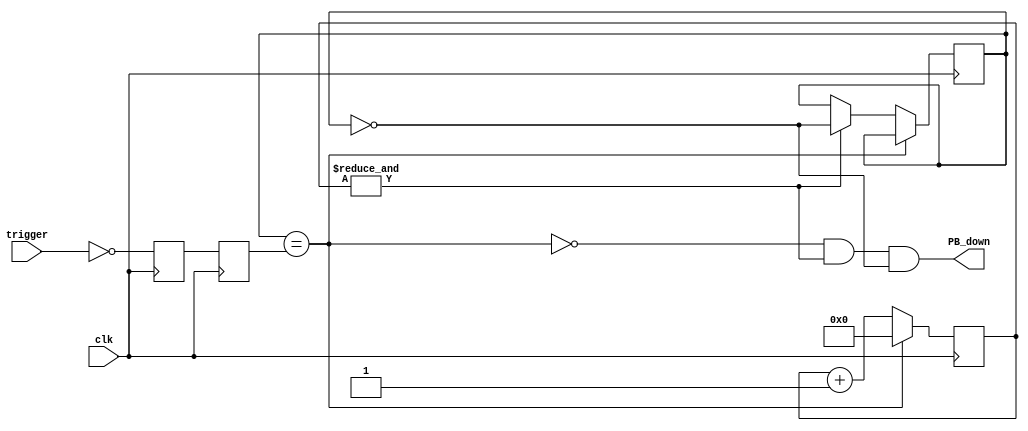
`timescale 1ns / 1ps
//////////////////////////////////////////////////////////////////////////////////
// Company:
// Engineer:
// 
// Design Name:
// Module Name:    clockWithBouncer 
// Project Name: 
// Target Devices: 
// Tool versions:
// Description:
//
// Dependencies:
//
// Revision: 
// Revision 0.01 - File Created
// Additional Comments:
//
//////////////////////////////////////////////////////////////////////////////////
module Debouncer(clk, trigger, PB_down);
    input clk, trigger;
    output PB_down;
    //output PB_up;
     reg PB_state;
    
    // First use two flip-flops to synchronize the PB signal the "clk" clock domain
    reg PB_sync_0;  always @(posedge clk) PB_sync_0 <= ~trigger;  // invert PB to make PB_sync_0 active high
    reg PB_sync_1;  always @(posedge clk) PB_sync_1 <= PB_sync_0;

    // Next declare a 16-bits counter
    reg [15:0] PB_cnt;

    // When the push-button is pushed or released, we increment the counter
    // The counter has to be maxed out before we decide that the push-button state has changed

    wire PB_idle = (PB_state==PB_sync_1);
    wire PB_cnt_max = &PB_cnt;  // true when all bits of PB_cnt are 1's

    always @(posedge clk)
    if(PB_idle)
         PB_cnt <= 0;  // nothing's going on
    else
    begin
         PB_cnt <= PB_cnt + 16'd1;  // something's going on, increment the counter
         if(PB_cnt_max) PB_state <= ~PB_state;  // if the counter is maxed out, PB changed!
    end
    
    
    assign PB_down = ~PB_idle & PB_cnt_max & ~PB_state;
    //assign PB_up   = ~PB_idle & PB_cnt_max &  PB_state;
    
    //always @ (posedge PB_up)
        //Y = Y + 1'b1;
    //counter c(PB_down, Y);

endmodule